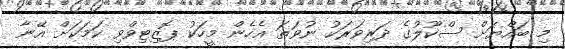
މި ބައްޔަށް ސްކޫލުގެ ދަރިވަރަކު ނުވަތަ އެހެން މީހަކު ޕޮޒިޓިވްވި ކަމަކަށް އޭނާ